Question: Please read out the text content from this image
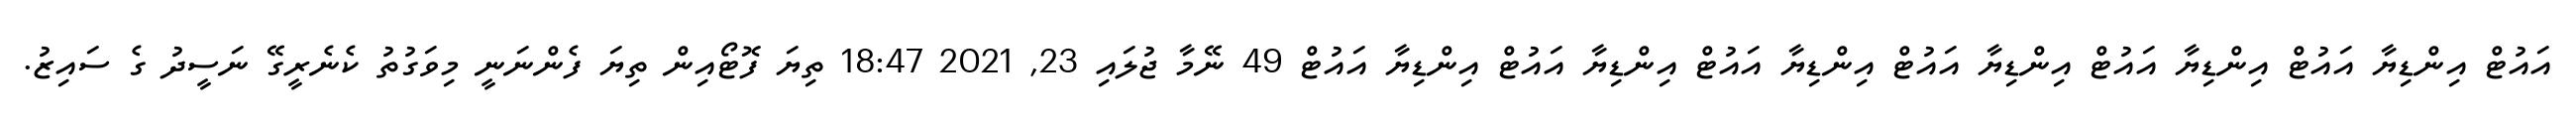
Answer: އައުޓް އިންޑިޔާ އައުޓް އިންޑިޔާ އައުޓް އިންޑިޔާ އައުޓް އިންޑިޔާ އައުޓް އިންޑިޔާ އައުޓް އިންޑިޔާ އައުޓް 49 ނޭމާ ޖުލައި 23, 2021 18:47 ތިޔަ ފޮޓޯއިން ތިޔަ ފެންނަނީ މިވަގުތު ކެނެރީގޭ ނަސީދު ގެ ސައިޒު.